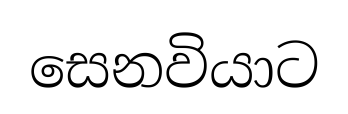
සෙනවියාට